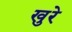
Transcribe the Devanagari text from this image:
खुरे